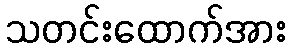
သတင်းထောက်အား